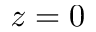
z = 0